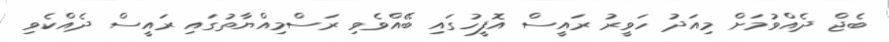
ބެޖް ދެއްވުމަށް މިއަދު ހަވީރު ރައީސް އޮފީހުގައި ބޭއްވެވި ރަސްމިއްޔާތުގައި ރައީސް ދެއްކެވި